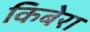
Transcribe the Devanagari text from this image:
किबेरा